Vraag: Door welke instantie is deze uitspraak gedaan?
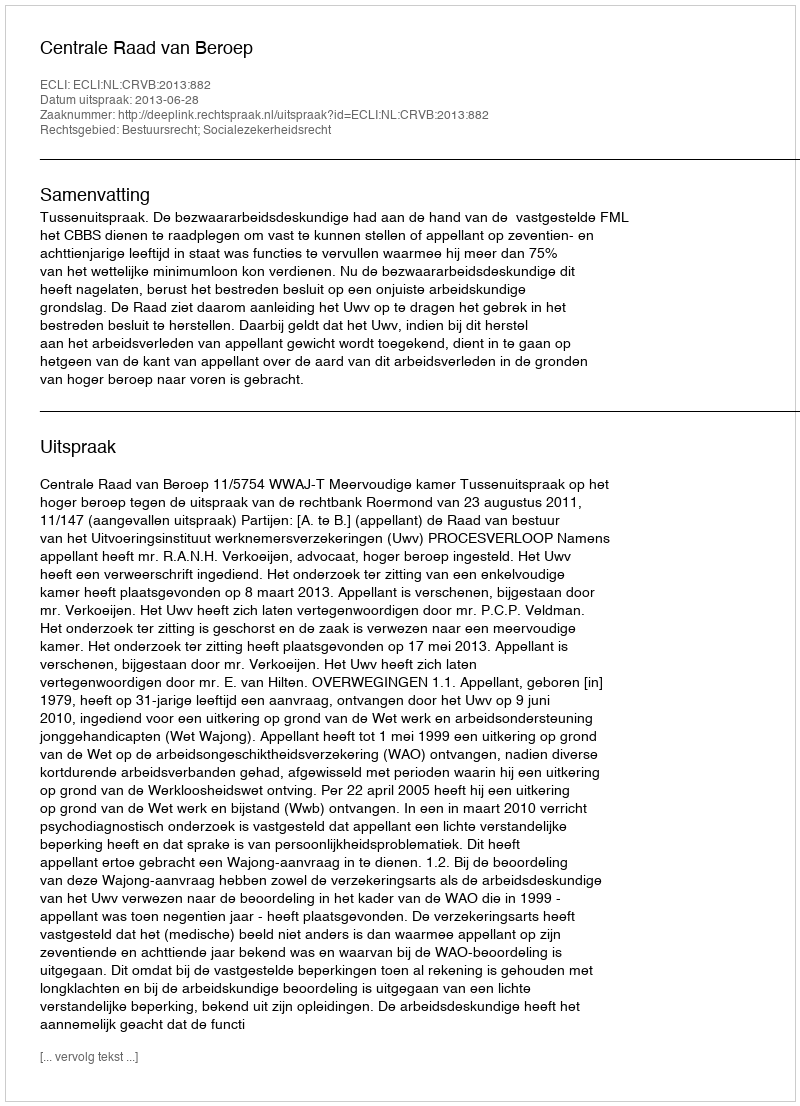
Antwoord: Centrale Raad van Beroep